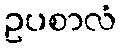
ဥပစာလံ